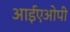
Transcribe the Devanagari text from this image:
आईएओपी